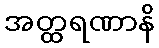
အတ္ထရဏာနိ